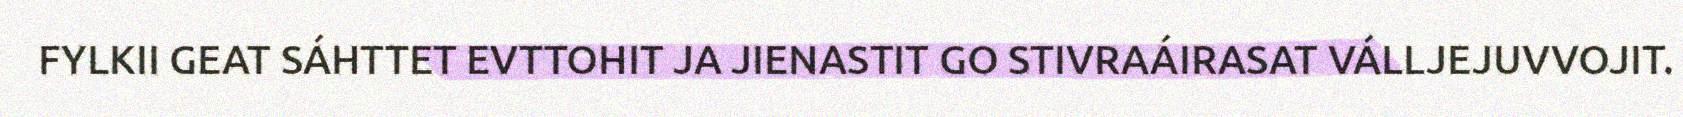
FYLKII GEAT SÁHTTET EVTTOHIT JA JIENASTIT GO STIVRAÁIRASAT VÁLLJEJUVVOJIT.